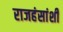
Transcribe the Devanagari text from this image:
राजहंसांशी